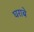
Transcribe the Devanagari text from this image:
घराबे